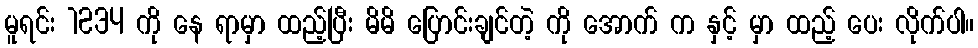
မူရင်း 1234 ကို နေ ရာမှာ ထည့်ပြီး မိမိ ပြောင်းချင်တဲ့ ကို အောက် က နှင့် မှာ ထည့် ပေး လိုက်ပါ။